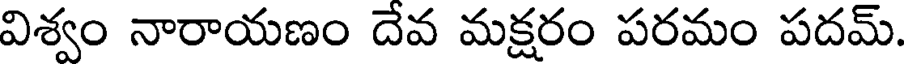
విశ్వం నారాయణం దేవ మక్షరం పరమం పదమ్.